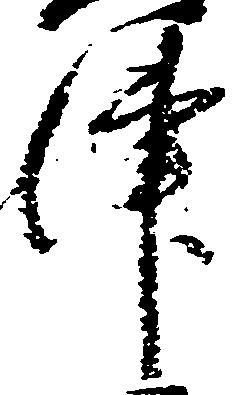
津